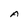
Character: A